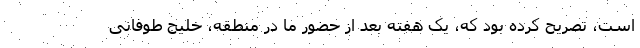
است، تصریح کرده بود که، یک هفته بعد از حضور ما در منطقه، خلیج طوفانی